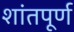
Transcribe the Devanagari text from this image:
शांतपूर्ण